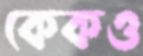
কেকও